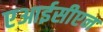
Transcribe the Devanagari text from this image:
एआईसीएन